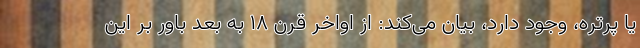
یا پرتره، وجود دارد، بیان می‌کند: از اواخر قرن ۱۸ به بعد باور بر این